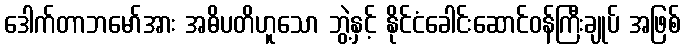
ဒေါက်တာဘမော်အား အဓိပတိဟူသော ဘွဲ့နှင့် နိုင်ငံခေါင်းဆောင်ဝန်ကြီးချုပ် အဖြစ်